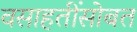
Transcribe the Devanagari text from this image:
वसाहतींसोबत